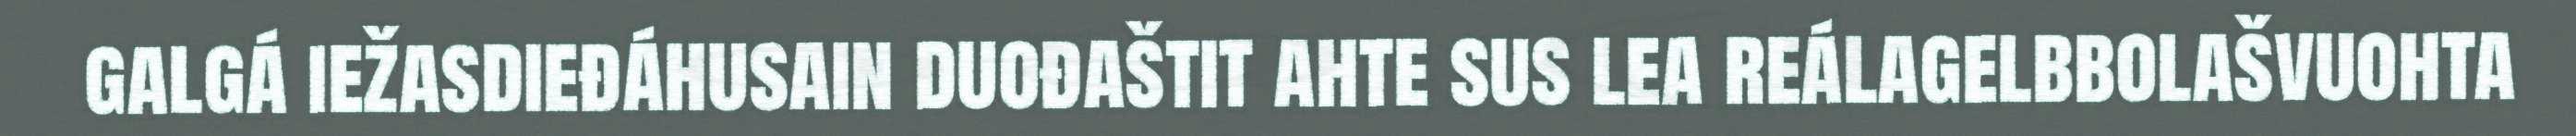
galgá iežasdieđáhusain duođaštit ahte sus lea reálagelbbolašvuohta